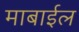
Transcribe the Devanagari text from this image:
माबाईल